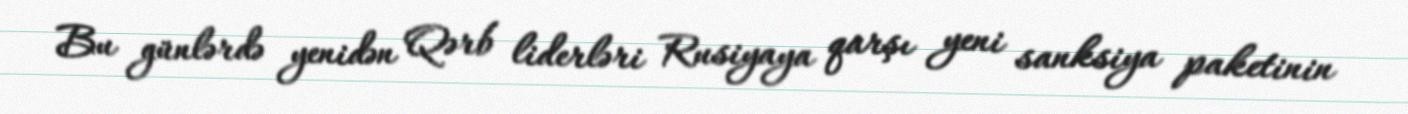
Bu günlərdə yenidən Qərb liderləri Rusiyaya qarşı yeni sanksiya paketinin